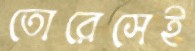
তোরেসেই